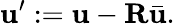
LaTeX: \mathbf{u}^{\prime}:=\mathbf{u}-\mathbf{R}\bar{\mathbf{u}}.